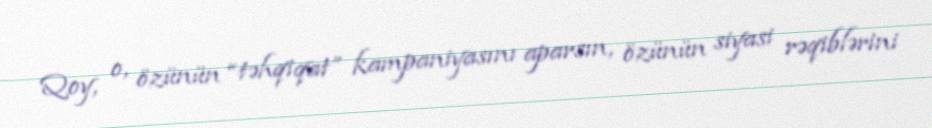
Qoy, o, özünün “təhqiqat” kampaniyasını aparsın, özünün siyasi rəqiblərini